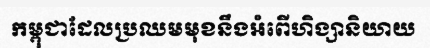
កម្ពុជាដែលប្រឈមមុខនឹងអំពើហិង្សានិយាយ